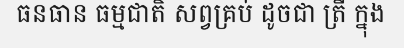
ធនធាន ធម្មជាតិ សព្វគ្រប់ ដូចជា ត្រី ក្នុង